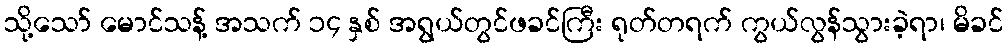
သို့သော် မောင်သန့် အသက် ၁၄ နှစ် အရွယ်တွင်ဖခင်ကြီး ရုတ်တရက် ကွယ်လွန်သွားခဲ့ရာ၊ မိခင်